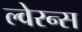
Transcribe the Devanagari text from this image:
ल्वेरन्स